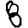
Digit: 8